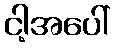
ငါ့အပေါ်